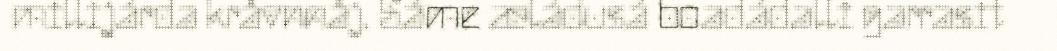
millijárda kråvnnåj. Sáme æládusá boadádalli garrasit